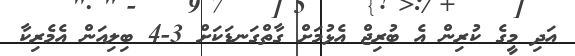
އަދި މީގެ ކުރިން އެ ބުރިޖް އެޅުމަށް ގާތްގަނޑަކަށް 3-4 ބިލިއަން އެމެރިކާ